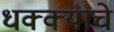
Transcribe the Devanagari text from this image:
धक्क्याचे